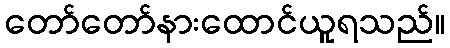
တော်တော်နားထောင်ယူရသည်။